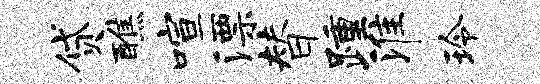
贷醮喧漂替踵淮玲